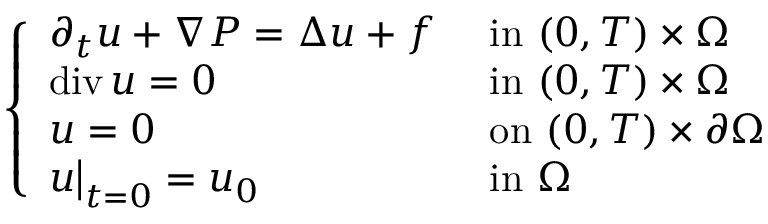
\begin{array} { r } { \left\{ \begin{array} { l l } { \partial _ { t } u + \nabla P = \Delta u + f } & { \mathrm { ~ i n ~ } ( 0 , T ) \times \Omega } \\ { \operatorname { d i v } u = 0 } & { \mathrm { ~ i n ~ } ( 0 , T ) \times \Omega } \\ { u = 0 } & { \mathrm { ~ o n ~ } ( 0 , T ) \times \partial \Omega } \\ { u \bigr \rvert _ { t = 0 } = u _ { 0 } } & { \mathrm { ~ i n ~ } \Omega } \end{array} \right. } \end{array}